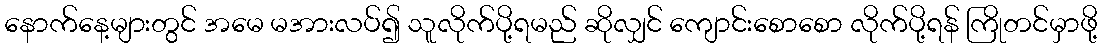
နောက်နေ့များတွင် အမေ မအားလပ်၍ သူလိုက်ပို့ရမည် ဆိုလျှင် ကျောင်းစောစော လိုက်ပို့ရန် ကြိုတင်မှာဖို့